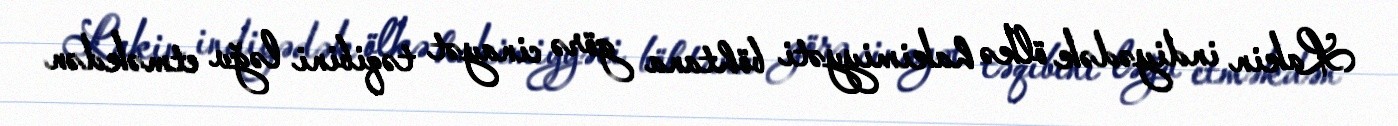
Lakin indiyədək ölkə hakimiyyəti böhtana görə cinayət təqibini ləğv etməkdən